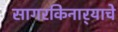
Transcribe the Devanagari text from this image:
सागरकिनार्‍याचे